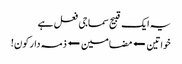
یہ ایک قبیح سماجی فعل ہے
خواتین ⬅مضامین⬅ذمہ دار کون!